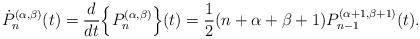
LaTeX: \begin{align*} \dot{P}_n^{(\alpha, \beta)} (t) = \frac{d}{dt}\Big\{P_n^{(\alpha, \beta)} \Big\} (t) = \frac{1}{2} ( n + \alpha + \beta +1) P_{n - 1}^{(\alpha + 1, \beta +1)} (t).\end{align*}